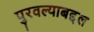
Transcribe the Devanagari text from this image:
पुरवल्याबद्दल